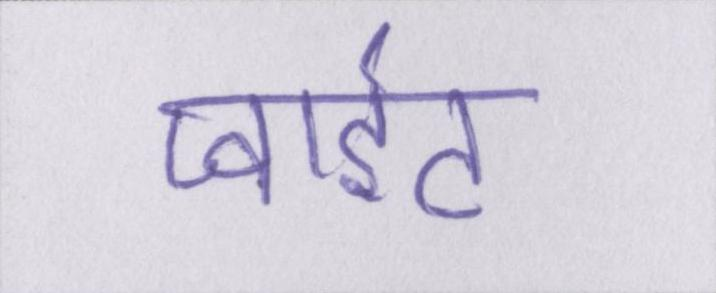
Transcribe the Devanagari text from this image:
प्वाइंट